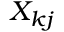
X _ { k j }